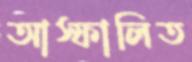
আস্ফালিত